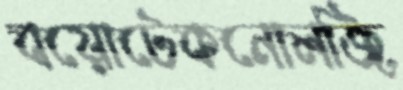
বয়োটেকনোলজি